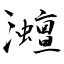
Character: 灗